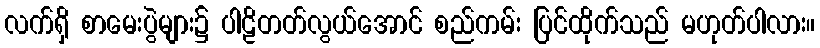
လက်ရှိ စာမေးပွဲများ၌ ပါဠိတတ်လွယ်အောင် စည်ကမ်း ပြင်ထိုက်သည် မဟုတ်ပါလား။